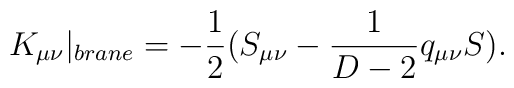
K_{\mu\nu}|_{brane}=-\frac{1}{2}(S_{\mu\nu}-\frac{1}{D-2}q_{\mu\nu}S).